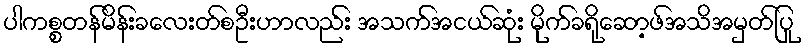
ပါကစ္စတန်မိန်းခလေးတ်စဦးဟာလည်း အသက်အငယ်ဆုံး မိုက်ခရိုဆော့ဖ်အသိအမှတ်ပြု